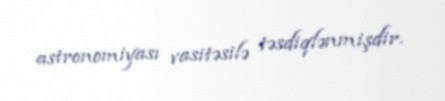
astronomiyası vasitəsilə təsdiqlənmişdir.